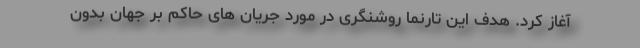
آغاز کرد. هدف این تارنما روشنگری در مورد جریان های حاکم بر جهان بدون